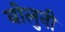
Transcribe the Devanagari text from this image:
बोलुनी